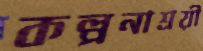
কল্পনাশ্রয়ী